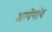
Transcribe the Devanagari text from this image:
आपेगांव